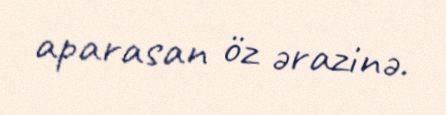
aparasan öz ərazinə.